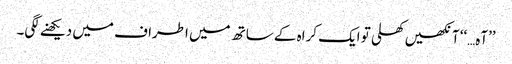
’’آہ…‘‘ آنکھیں کھلی تو ایک کراہ کے ساتھ میں اطراف میں دیکھنے لگی۔